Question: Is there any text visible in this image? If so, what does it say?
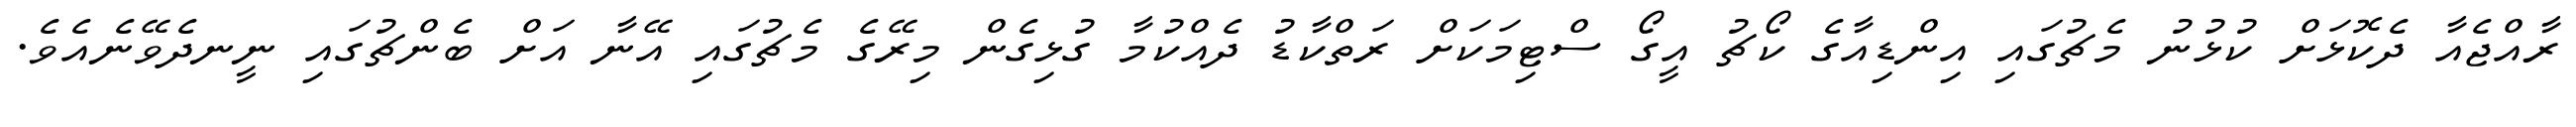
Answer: ރާއްޖެއާ ދެކޮޅަށް ކުޅުނު މެޗުގައި އިންޑިއާގެ ކޯޗު އީގޯ ސްޓިމަކަށް ރަތްކާޑު ދެއްކުމާ ގުޅިގެން މިރޭގެ މެޗުގައި އޭނާ އަށް ބެންޗުގައި ނީނދެވޭނެއެވެ.